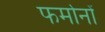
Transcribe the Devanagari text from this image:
फर्मानों